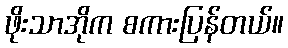
ဖိုးသာအိုက စကားပြန်တယ်။